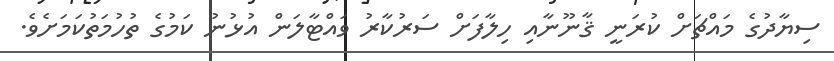
ސިޔާދުގެ މައްޗަށް ކުރަނީ ޤާނޫނާއި ހިލާފަށް ސަރުކާރު ވައްޓާލަން އުޅުނު ކަމުގެ ތުހުމަތުކަމަށެވެ.